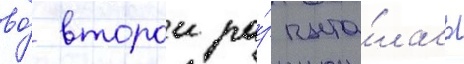
во́ второи ра́з пыта́лась